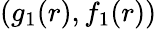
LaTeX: (g_{1}(r),f_{1}(r))